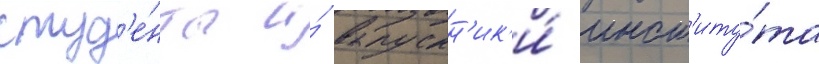
студ'е́нты и́ выпускн'ик'и́ инст'иту́та